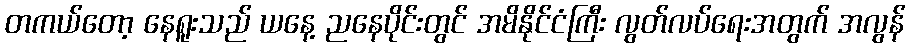
တကယ်တော့ နေရူးသည် ယနေ့ ညနေပိုင်းတွင် အမိနိုင်ငံကြီး လွတ်လပ်ရေးအတွက် အလွန်